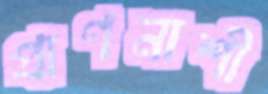
প্রাণনাশী